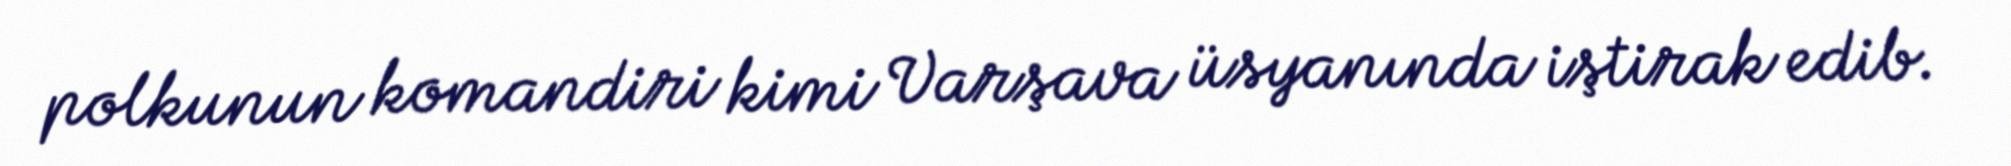
polkunun komandiri kimi Varşava üsyanında iştirak edib.